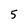
Character: 5